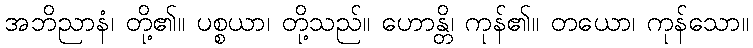
အဘိညာနံ၊ တို့၏။ ပစ္စယာ၊ တို့သည်။ ဟောန္တိ၊ ကုန်၏။ တယော၊ ကုန်သော။